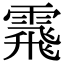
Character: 䬠